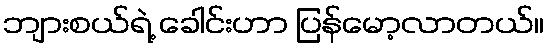
ဘျားစယ်ရဲ့ ခေါင်းဟာ ပြန်မော့လာတယ်။